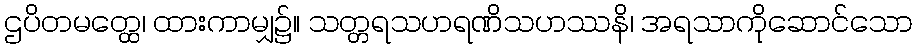
ဌပိတမတ္ထေ၊ ထားကာမျှ၌။ သတ္တရသဟရဏိသဟဿနိ၊ အရသာကိုဆောင်သော